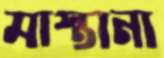
মাস্তানা